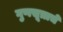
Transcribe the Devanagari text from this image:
गुणसूत्राचे